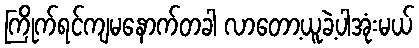
ကြိုက်ရင်ကျမနောက်တခါ လာတော့ယူခဲ့ပါအုံးမယ်